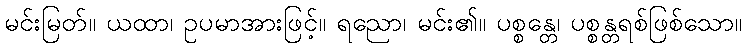
မင်းမြတ်။ ယထာ၊ ဥပမာအားဖြင့်။ ရညော၊ မင်း၏။ ပစ္စန္တေ၊ ပစ္စန္တရစ်ဖြစ်သော။